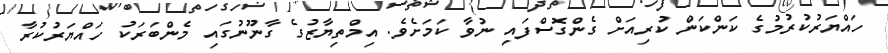
ހައްޔަރުކުރުމުގެ ކަންކަން ކުރިއަށް ގެންގޮސްފައި ނުވާ ކަމަށެވެ. އިމްތިޔާޒުގެ ގާނޫނުގައި މެންބަރަކު ހައްޔަރުކުރާ